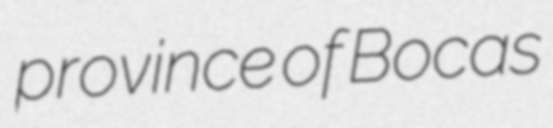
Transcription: province of Bocas